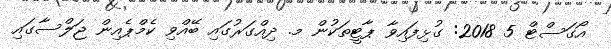
އޯގަސްޓް 5 2018: ގުޅިފައިވާ ޕާޓީތަކުން މ. ދިއްގަރުގައި ބޭއްވި ކެމްޕެއިން ޖަލްސާގައި